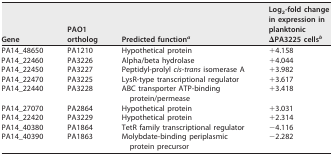
<table><thead><tr><td><b>Gene</b></td><td><b>PAO1 ortholog</b></td><td><b>Predicted function<sup><i>a</i></sup></b></td><td><b>Log<sub>2</sub>-fold change in expression in planktonic ΔPA3225 cells<sup><i>b</i></sup></b></td></tr></thead><tbody><tr><td>PA14_48650</td><td>PA1210</td><td>Hypothetical protein</td><td>+4.158</td></tr><tr><td>PA14_22460</td><td>PA3226</td><td>Alpha/beta hydrolase</td><td>+4.044</td></tr><tr><td>PA14_22450</td><td>PA3227</td><td>Peptidyl-prolyl <i>cis-trans</i> isomerase A</td><td>+3.982</td></tr><tr><td>PA14_22470</td><td>PA3225</td><td>LysR-type transcriptional regulator</td><td>+3.617</td></tr><tr><td>PA14_22440</td><td>PA3228</td><td>ABC transporter ATP-binding protein/permease</td><td>+3.418</td></tr><tr><td>PA14_27070</td><td>PA2864</td><td>Hypothetical protein</td><td>+3.031</td></tr><tr><td>PA14_22420</td><td>PA3229</td><td>Hypothetical protein</td><td>+2.314</td></tr><tr><td>PA14_40380</td><td>PA1864</td><td>TetR family transcriptional regulator</td><td>−4.116</td></tr><tr><td>PA14_40390</td><td>PA1863</td><td>Molybdate-binding periplasmic protein precursor</td><td>−2.282</td></tr></tbody></table>